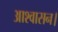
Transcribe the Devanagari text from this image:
आश्‍वासन।